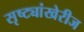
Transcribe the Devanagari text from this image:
सृष्ट्यांखेरीज